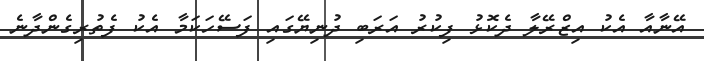
އޭނާއާ އެކު އިޒްރޭލާ ދެކޮޅު ފިކުރު އަރަބި ދުނިޔޭގައި ފަސޭހަކަމާ އެކު ފެތުރިގެންދާނެ